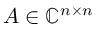
A \in \mathbb { C } ^ { n \times n }